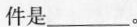
件是___。